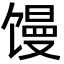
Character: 馒